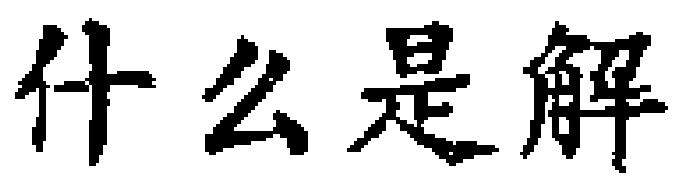
什么是解